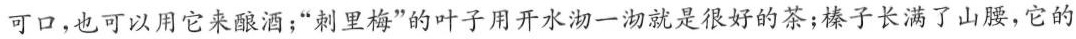
可口，也可以用它来酿酒；”刺里梅”的叶子用开水沏一沏就是很好的茶；榛子长满了山腰，它的